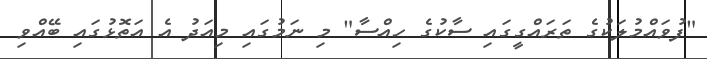
"ފުވައްމުލަކުގެ ތަރައްގީގައި ސާކުގެ ހިއްސާ" މި ނަމުގައި މިއަދު އެ އަތޮޅުގައި ބޭއްވި